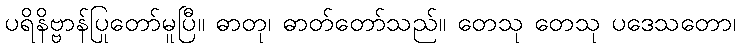
ပရိနိဗ္ဗာန်ပြုတော်မူပြီ။ ဓာတု၊ ဓာတ်တော်သည်။ တေသု တေသု ပဒေသတော၊